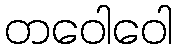
တဝေါဝေါ